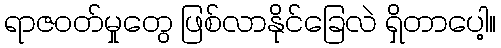
ရာဇဝတ်မှုတွေ ဖြစ်လာနိုင်ခြေလဲ ရှိတာပေါ့။